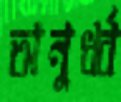
অনুর্ধ্ব